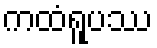
ကထံရူပဿ